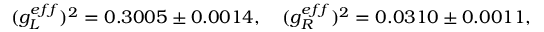
( g _ { L } ^ { e f f } ) ^ { 2 } = 0 . 3 0 0 5 \pm 0 . 0 0 1 4 , ~ ~ ~ ( g _ { R } ^ { e f f } ) ^ { 2 } = 0 . 0 3 1 0 \pm 0 . 0 0 1 1 ,